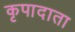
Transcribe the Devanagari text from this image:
कृपादाता